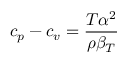
c _ { p } - c _ { v } = { \frac { T \alpha ^ { 2 } } { \rho \beta _ { T } } }